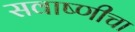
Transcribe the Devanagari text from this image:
सवाष्णीचा